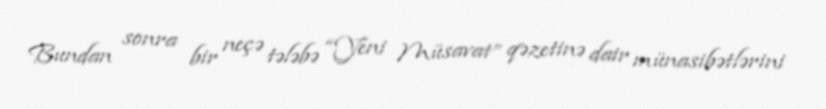
Bundan sonra bir neçə tələbə “Yeni Müsavat” qəzetinə dair münasibətlərini